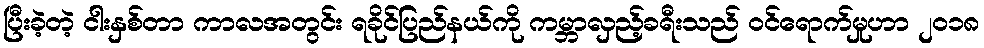
ပြီးခဲ့တဲ့ ငါးနှစ်တာ ကာလအတွင်း ရခိုင်ပြည်နယ်ကို ကမ္ဘာလှည့်ခရီးသည် ဝင်ရောက်မှုဟာ ၂၀၁၈